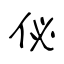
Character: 佖